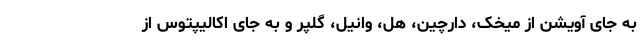
به جای آویشن از میخک، دارچین، هل، وانیل، گلپر و به جای اکالیپتوس از